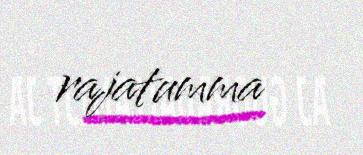
rajatumma